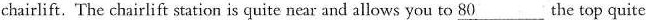
chairlift. The chairlift station is quite near and allows you to \underline{80} the top quite